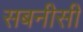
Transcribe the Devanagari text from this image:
सबनीसी